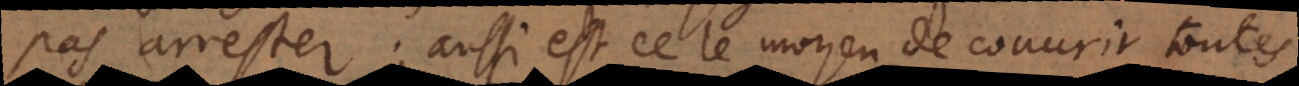
pas arrester; aussi est ce le moyen de couvrir toutes